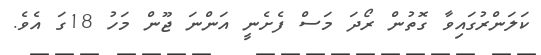
ކަލަންރުގައިވާ ގޮތުން ރޯދަ މަސް ފެށެނީ އަންނަ ޖޫން މަހު 18ގަ އެވެ.